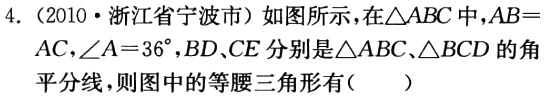
4.（2010·浙江省宁波市）如图所示，在\(\triangle ABC\)中，\(AB = AC\)，\(\angle A=36^{\circ}\)，\(BD\)、\(CE\)分别是\(\triangle ABC\)、\(\triangle BCD\)的角平分线，则图中的等腰三角形有（  ）